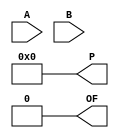
`timescale 1ns / 1ps
//////////////////////////////////////////////////////////////////////////////////
// Company: University of Missouri-Kansas City
// Module Name: multi_nb
// Project Name: Final_228
//////////////////////////////////////////////////////////////////////////////////


module multi_nb
    #(parameter BIT_WIDTH=4)(
    input [BIT_WIDTH-1:0] A, B,
    output reg [BIT_WIDTH-1:0] P,
    output reg OF
    );
    
    
    //wire [2*BIT_WIDTH-1:0] PLb;
    
    
    //also comment/uncomment these lines to change bit width//////////////////////////
    //wire [2*BIT_WIDTH-1:0] a0, a1, a2, a3/*, a4, a5, a6, a7*/;                      //
    //assign a0 = {{BIT_WIDTH{1'b0}}, (B[0]? A : {BIT_WIDTH{1'b0}})};                 //
    //assign a1 = {{(BIT_WIDTH-1){1'b0}}, (B[1]? A : {BIT_WIDTH{1'b0}}) ,1'd0};       //
    //assign a2 = {{(BIT_WIDTH-2){1'b0}}, (B[2]? A : {BIT_WIDTH{1'b0}}),2'd0};        //
    //assign a3 = {{(BIT_WIDTH-3){1'b0}}, (B[3]? A : {BIT_WIDTH{1'b0}}),3'd0};        //
    //assign a4 = {{(BIT_WIDTH-4){1'b0}}, (B[4]? A : {BIT_WIDTH{1'b0}}),4'd0};      //
    //assign a5 = {{(BIT_WIDTH-5){1'b0}}, (B[5]? A : {BIT_WIDTH{1'b0}}),5'd0};      //
    //assign a6 = {{(BIT_WIDTH-6){1'b0}}, (B[6]? A : {BIT_WIDTH{1'b0}}),6'd0};      //
    //assign a7 = {{(BIT_WIDTH-7){1'b0}}, (B[7]? A : {BIT_WIDTH{1'b0}}),7'd0};      //
    //assign PLb = a0 + a1 + a2 + a3/* + a4 + a5 + a6 + a7*/;                         //
    //////////////////////////////////////////////////////////////////////////////////
    
    
    reg [31:0] i;
    reg [(2*BIT_WIDTH) - 1:0] part_sum, tmp_A;
    
    always@(*)
    begin
        part_sum <= {(2*BIT_WIDTH)-1{1'b0}};
        tmp_A <= {{BIT_WIDTH{1'b0}}, A};
        for(i = 0; i < BIT_WIDTH; i = i + 1)
        begin
            part_sum = part_sum + (B[i]? tmp_A : {BIT_WIDTH{1'b0}});
            tmp_A <= tmp_A << 1;
        end
        if(tmp_A > { {BIT_WIDTH{1'b0}},{BIT_WIDTH{1'b1}} })
        begin
            P <= tmp_A[BIT_WIDTH-1:0];
            OF <= 1'b1;
        end
        else 
        begin
            P <= tmp_A[BIT_WIDTH-1:0];
            OF <= 1'b0;
        end
    end
endmodule